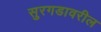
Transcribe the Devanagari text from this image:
सुरगडावरील